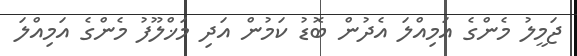
ޖަމީލު މެންގެ އަމިއްލަ އެދުން ބޮޑު ކަމުން އަދި މަޚްލޫފު މެންގެ އަމިއްލަ